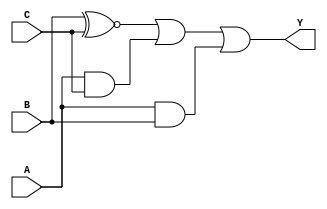
module combinational_logic (
    input wire A,    // Input variable A
    input wire B,    // Input variable B
    input wire C,    // Input variable C
    output wire Y    // Output variable Y
);

    // Logic implementation based on the minimized Boolean expression
    assign Y = (B ~^ C) | (A & C) | (A & B); // Y = B'C + AC + AB

endmodule